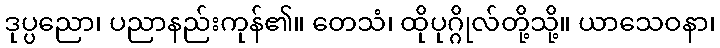
ဒုပ္ပညော၊ ပညာနည်းကုန်၏။ တေသံ၊ ထိုပုဂ္ဂိုလ်တို့သို့။ ယာသေဝနာ၊